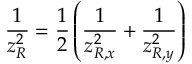
\frac { 1 } { z _ { R } ^ { 2 } } = \frac { 1 } { 2 } \left( \frac { 1 } { z _ { R , x } ^ { 2 } } + \frac { 1 } { z _ { R , y } ^ { 2 } } \right)